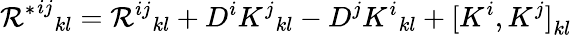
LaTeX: {{\mathcal{R}^{*}}^{ij}}_{kl}={\mathcal{R}^{ij}}_{kl}+D^{i}{K^{j}}_{kl}-D^{j}{K^{i}}_{kl}+{[K^{i},K^{j}]}_{kl}